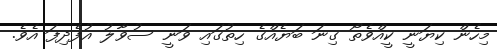
މިހެން ކިޔަނީ ކީއްވެތޯ ގިނަ ބަޔެއްގެ ހިތުގައި ވަނީ ސުވާލު އުފެދިފަ އެވެ.